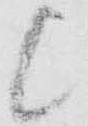
候